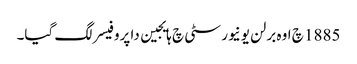
1885 چ اوہ برلن یونیورسٹی چ ہایجین دا پروفیسر لگ گیا۔